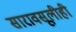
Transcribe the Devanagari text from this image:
सारावसूलीही